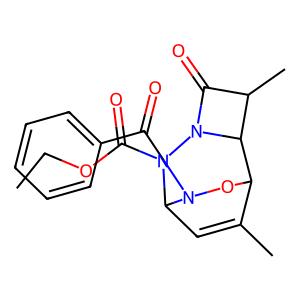
SMILES: CCOC(=O)N1C2C=C(C)C(ON2C(=O)c2ccccc2)C2C(C)C(=O)N21
Inhibits HIV replication: No